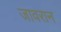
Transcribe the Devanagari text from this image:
जावरान